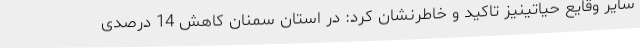
سایر وقایع حیاتینیز تاکید و خاطرنشان کرد: در استان سمنان کاهش 14 درصدی